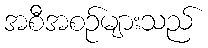
အစီအစဉ်များသည်